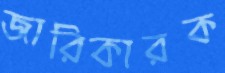
জারিকারক